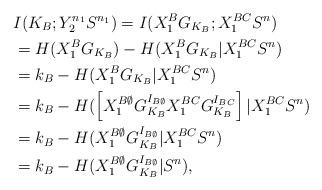
LaTeX: \begin{align*}&I(K_B;Y_2^{n_1}S^{n_1})=I(X_1^BG_{K_B};X_1^{BC}S^n)\\&=H(X_1^BG_{K_B})-H(X_1^BG_{K_B}|X_1^{BC}S^n) \\ &=k_B-H(X_1^BG_{K_B}|X_1^{BC}S^n) \\&=k_B-H(\left[X_1^{B\emptyset}G_{K_B}^{I_{B\emptyset}}X_1^{BC}G_{K_B}^{I_{BC}}\right]|X_1^{BC}S^n)\\&=k_B - H(X_1^{B\emptyset}G_{K_B}^{I_{B\emptyset}}|X_1^{BC}S^n)\\&=k_B-H(X_1^{B\emptyset}G_{K_B}^{I_{B\emptyset}}|S^n),\end{align*}